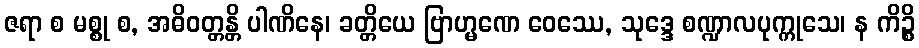
ဇရာ စ မစ္စု စ, အဓိဝတ္တန္တိ ပါဏိနေ၊ ခတ္တိယေ ဗြာဟ္မဏေ ဝေဿေ, သုဒ္ဒေ စဏ္ဍာလပုက္ကုသေ၊ န ကိဉ္စိ